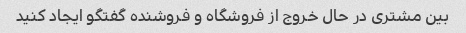
بین مشتری در حال خروج از فروشگاه و فروشنده گفتگو ایجاد کنید